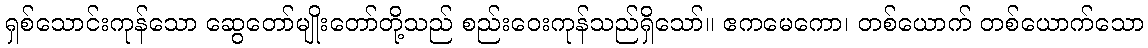
ရှစ်သောင်းကုန်သော ဆွေတော်မျိုးတော်တို့သည် စည်းဝေးကုန်သည်ရှိသော်။ ဧကမေကော၊ တစ်ယောက် တစ်ယောက်သော